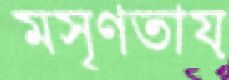
মসৃণতায়